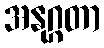
အနုဂ္ဂတာ